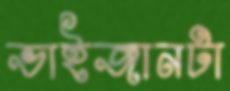
ভাইজানটা